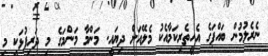
ނެރެލުމުން ބައްޕަގެ އެހީތެރިކަމާއެކު މެލޭއަށް ދިޔައީ. މަންމާ މަންމަގެ މި ދަރިފުޅަކީ މި